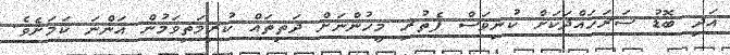
އަދި ބޮޑު ސަރަހައްދަކަށް ކުނިވަސް ފެތުރި މީހުންނަށް ދަތިތައް ކުރިމަތިވަމުން އަންނަ ކަމަށެވެ.